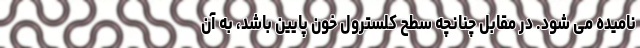
نامیده می شود. در مقابل چنانچه سطح کلسترول خون پایین باشد، به آن